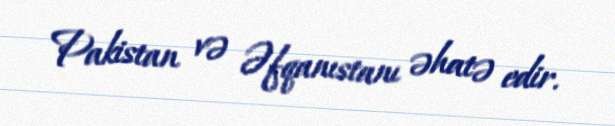
Pakistan və Əfqanıstanı əhatə edir.